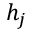
h _ { j }